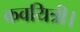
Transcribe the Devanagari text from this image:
कवयित्री।